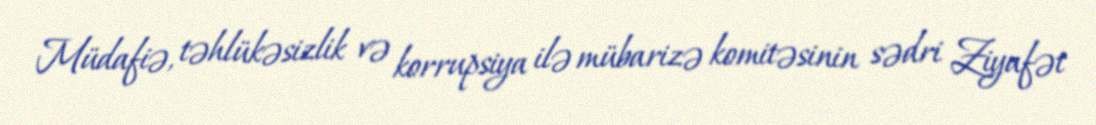
Müdafiə, təhlükəsizlik və korrupsiya ilə mübarizə komitəsinin sədri Ziyafət